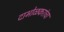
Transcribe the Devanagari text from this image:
दाभोळकरांचा